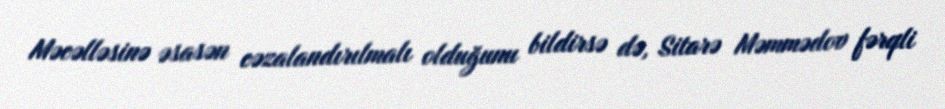
Məcəlləsinə əsasən cəzalandırılmalı olduğunu bildirsə də, Sitarə Məmmədov fərqli